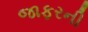
જાફરની